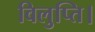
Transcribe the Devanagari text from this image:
विलुप्ति।